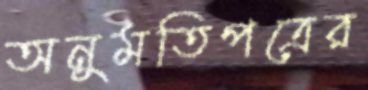
অনুমতিপত্রের